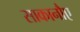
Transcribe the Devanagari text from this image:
साकानौए